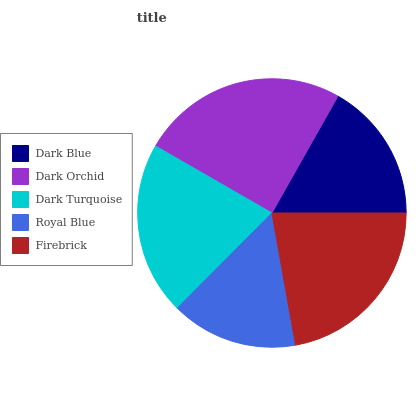
| Dark Blue | Dark Orchid | Dark Turquoise | Royal Blue | Firebrick |
 | --- | --- | --- | --- | --- |
 | 16.9% | 24.8% | 20.9% | 15.3% | 22.1% |